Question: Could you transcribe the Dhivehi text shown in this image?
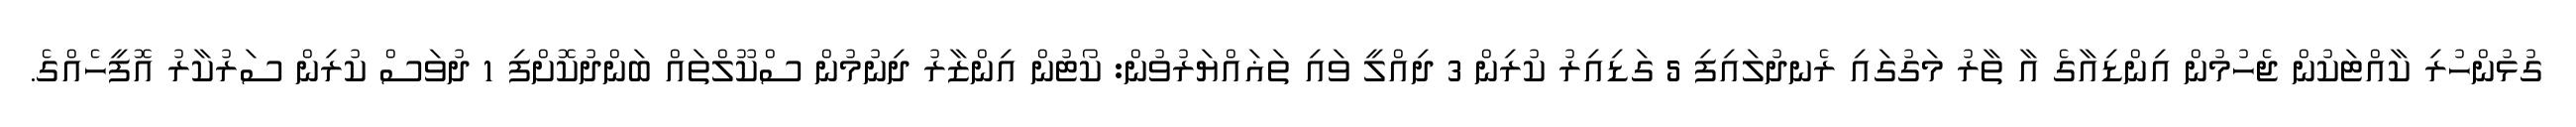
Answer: ގުޅުންހުރި ކާއްޓަކުން ޖެހުމުން އިންޑިއާގެ އާ ތާރު މަގުގައި ރެނދުލައިފި 5 ގަޑިއިރު ކުރިން 3 ދިއްލީ ވައި ތަޣައްޔަރުވުން: ކޯޓުން އިންޒާރު ދިނުމުން ސްކޫލްތައް ބަންދުކޮށްފި 1 ދުވަސް ކުރިން ސަރުކާރު އޮފީހެއްގެ.